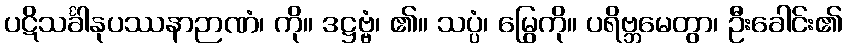
ပဋိသင်္ခါနုပဿနာဉာဏံ၊ ကို။ ဒဋ္ဌဗ္ဗံ၊ ၏။ သပ္ပံ၊ မြွေကို။ ပရိဗ္ဘမေတွာ၊ ဦးခေါင်း၏